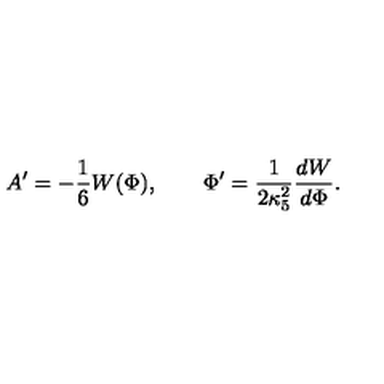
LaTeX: A ^ { \prime } = - { \frac { 1 } { 6 } } W ( \Phi ) , \qquad \Phi ^ { \prime } = { \frac { 1 } { 2 \kappa _ { 5 } ^ { 2 } } } { \frac { d W } { d \Phi } } .